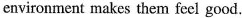
environment makes them feel good.